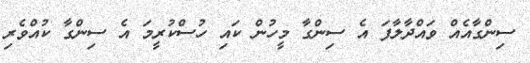
ސިންގާއެއް ވައްދާލާފަ އެ ސިންގާ މީހުން ކައި ހުސްކުރީމަ އެ ސިންގާ ކުއްވެރި